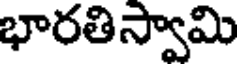
భారతిస్వామి